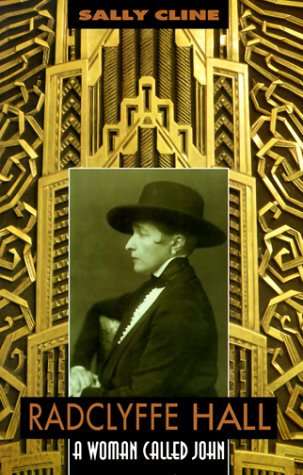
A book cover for Radclyffe Hall: A Woman Called John; Sally Cline; Gay & Lesbian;